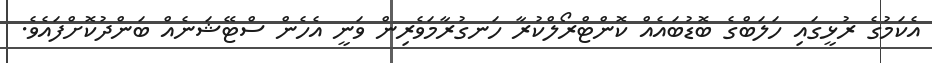
އެކަމުގެ ރުޅީގައި ހަލަބްގެ ބޮޑުބައެއް ކޮންޓްރޯލްކުރާ ހަނގުރާމަވެރިން ވަނީ އެހެން ސްޓޭޝަނެއް ބަންދުކޮށްފައެވެ.